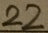
2 2